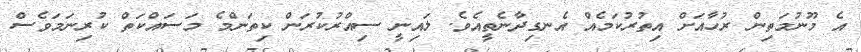
އެ މޫނުމަތިން ރުހާއަށް އިތުރުކަމެއް އެނގިދާނެތީއެވެ. ލައިނީ ސިއްރުކުރަން ކިތަންމެ މަސައްކަތް ކުރިނަމަވެސް